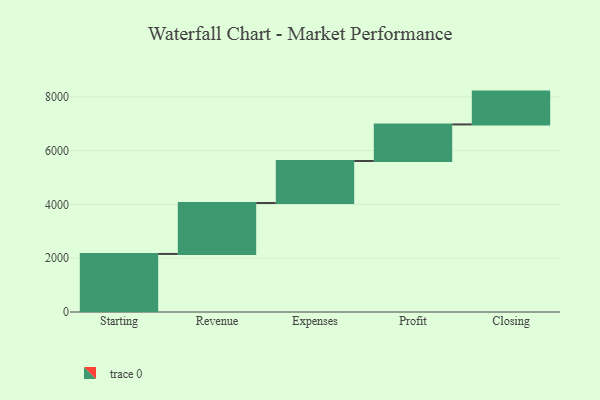
{"axis": {"x": "Step", "y": "Value"}, "legend": [""], "data": [{"x": "Starting", "y": 2159.0, "type": ""}, {"x": "Revenue", "y": 1894.0, "type": ""}, {"x": "Expenses", "y": 1562.0, "type": ""}, {"x": "Profit", "y": 1360.0, "type": ""}, {"x": "Closing", "y": 1221.0, "type": ""}]}